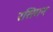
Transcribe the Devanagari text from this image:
रसिगन